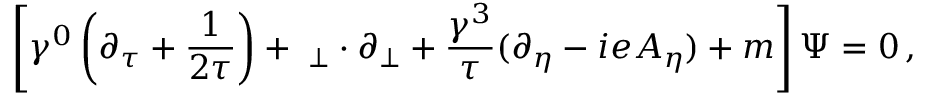
\left[ \gamma ^ { 0 } \left( \partial _ { \tau } + { \frac { 1 } { 2 \tau } } \right) + { \bf \gamma } _ { \perp } \cdot \partial _ { \perp } + { \frac { \gamma ^ { 3 } } { \tau } } ( \partial _ { \eta } - i e A _ { \eta } ) + m \right] \Psi = 0 \, ,